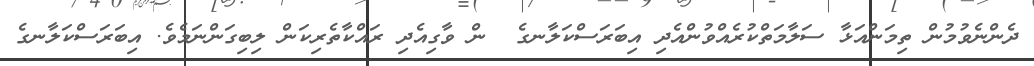
ދެންނެވުމުން ތިމަންއަޅާ ސަލާމަތްކުރެއްވުންއެދި އިބަރަސްކަލާނގެ  ން ވާގިއެދި ރައްކާތެރިކަން ލިބިގަންނަމެވެ. އިބަރަސްކަލާނގެ